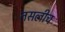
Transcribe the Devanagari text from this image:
तसलीच